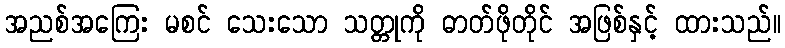
အညစ်အကြေး မစင် သေးသော သတ္တုကို ဓာတ်ဖိုတိုင် အဖြစ်နှင့် ထားသည်။